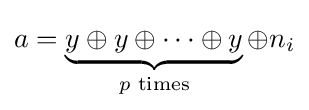
a=\underbrace {y\oplus y\oplus \cdots \oplus y} _{p{\text{ times}}}\oplus n_{i}